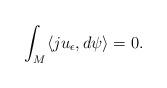
LaTeX: \begin{align*}\int_M\langle ju_{\epsilon},d\psi\rangle=0.\end{align*}